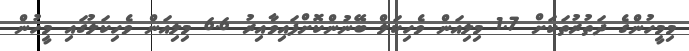
މިމީހުންގެ ދަތުރުތަކަށް 1.7 މިލިއަން ވެހިކަލް ބޭނުންކޮށްފައިވާއިރު 6.6 މިލިއަން ވެހިކަލުގައި މީހުން